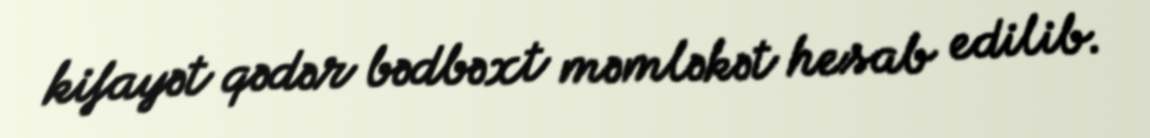
kifayət qədər bədbəxt məmləkət hesab edilib.